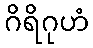
ဂိရိဂုဟံ